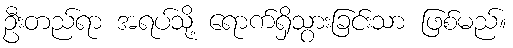
ဦးတည်ရာ အရပ်သို့ ရောက်ရှိသွားခြင်းသာ ဖြစ်မည်။